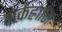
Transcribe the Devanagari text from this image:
शर्कर्ह्राास